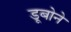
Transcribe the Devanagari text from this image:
डूबोने